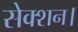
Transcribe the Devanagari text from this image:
सेक्शन।